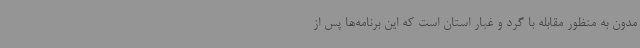
مدون به منظور مقابله با گرد و غبار استان است که این برنامه‌ها پس از